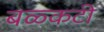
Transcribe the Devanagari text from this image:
बळ्कटी